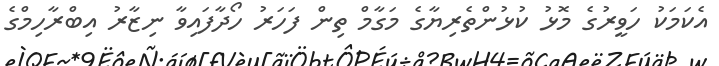
އެކަމަކު ހަވީރުގެ މޮޅު ކުޅުންތެރިޔާގެ މަގާމް ތިން ފަހަރު ހޯދާފައިވާ ނިޒާރު އިބްރާހިމްގެ